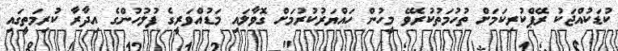
ކުޑަކުއްޖަކު ރޭޕްކުރިކަމަށް ތުހުމަތުކުރެވޭ މީހުން ހައްޔަރުކުރުމަށް ގޮވާލައި މަޑުއްވަރީގެ ފުލުހުންގެ އިދާރާ ކުރިމަތީގައި